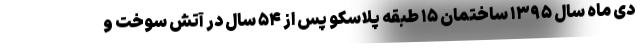
دی ماه سال ۱۳۹۵ ساختمان ۱۵ طبقه پلاسکو پس از ۵۴ سال در آتش سوخت و